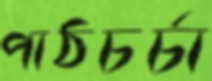
পাঠচর্চা